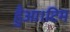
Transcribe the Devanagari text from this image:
हैुआ।टिम